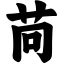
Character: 苘